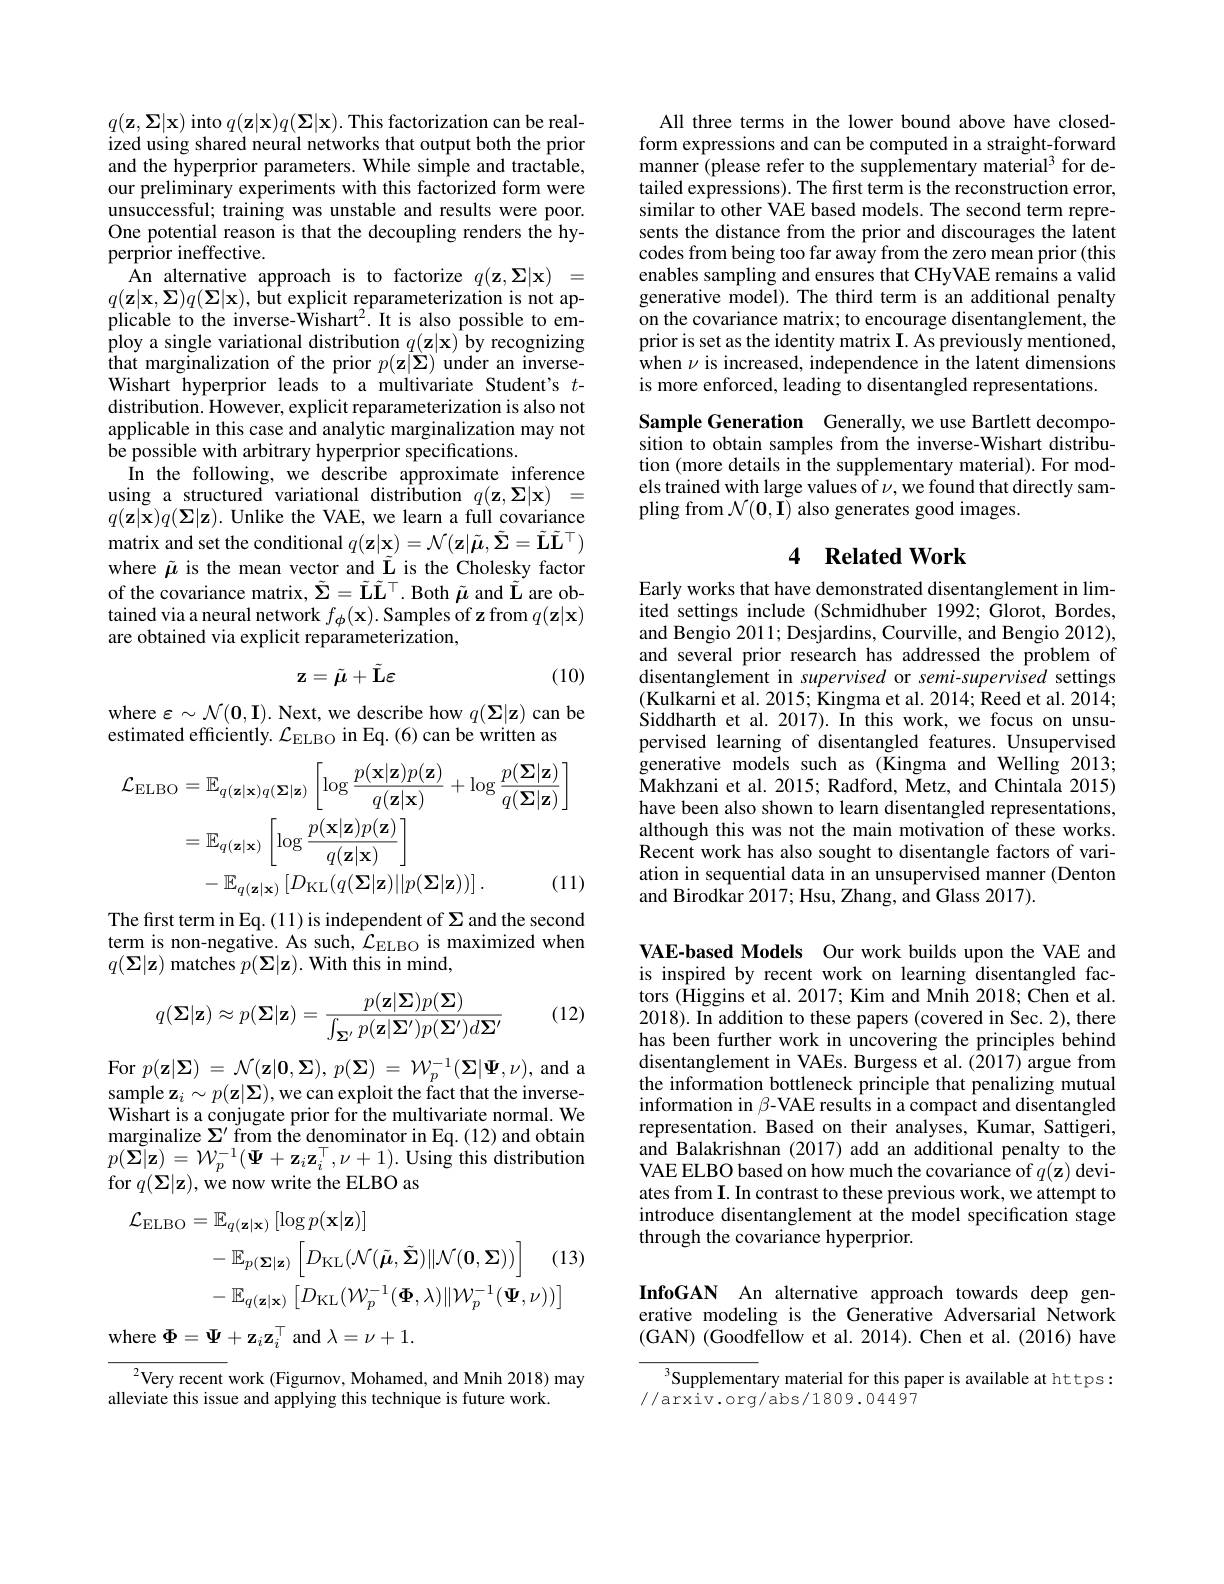
$q(\mathbf{z},\mathbf{\Sigma}|\mathbf{x})$ into $q(\mathbf{z}|\mathbf{x})q(\mathbf{\Sigma}|\mathbf{x}).$ This factorization can be realized using shared neural networks that output both the prior and the hyperprior parameters. While simple and tractable, our preliminary experiments with this factorized form were unsuccessful; training was unstable and results were poor. One potential reason is that the decoupling renders the hyperprior ineffective.
An alternative approach is to factorize $q( \mathbf{z} , \boldsymbol{\Sigma }| \mathbf{x} )$ = $q( \mathbf{z} | \mathbf{x} , \boldsymbol{\Sigma }) q( \boldsymbol{\Sigma }| \mathbf{x} ) , \boldsymbol{\text{but explicit reparameterization is not ap- }}$ plicable to the inverse-Wishart$^2.$ It is also possible to employ a single variational distribution $q(\mathbf{z}|\mathbf{x})$ by recognizing ${\mathrm{that~marginalization~of~the~prior~}p(\mathbf{z}|\mathbf{\Sigma})}$under an inverseWishart hyperprior leads to a multivariate Student's $t$- distribution. However, explicit reparameterization is also not applicable in this case and analytic marginalization may not be possible with arbitrary hyperprior specifications.
In the following, we describe approximate inference using a structured variational distribution $q(\mathbf{z},\boldsymbol{\Sigma}|\mathbf{x})=$ $q(\tilde{\mathbf{z}|\mathbf{x}})q(\boldsymbol{\Sigma}|\mathbf{z}).$ Unlike the VAE, we learn a full covariance matrix and set the conditional $q(\mathbf{z}|\mathbf{x})=\mathcal{N}(\mathbf{z}|\tilde{\boldsymbol{\mu}},\tilde{\boldsymbol{\Sigma}}=\tilde{\mathbf{L}}\tilde{\mathbf{L}}^\top)$ where $\tilde{\mu}$ is the mean vector and $\tilde{\mathbf{L}}$ is the Cholesky factor of the covariance matrix, $\tilde{\Sigma}=\tilde{\mathbf{L}}\tilde{\mathbf{L}}^\top.$ Both $\tilde{\boldsymbol\mu}$ and $\tilde{\mathbf{L}}$ are obtained via a neural network $f_{\phi}(\mathbf{x}).$ Samples of z from $q(\mathbf{z}|\mathbf{x})$ are obtained via explicit reparameterization,
$$\mathbf{z}=\tilde{\mu}+\tilde{\mathbf{L}}\mathbf{\varepsilon}$$
(10)

where $\varepsilon\sim\mathcal{N}(\mathbf{0},\mathbf{I}).$ Next, we describe how $q(\Sigma|\mathbf{z})$ can be
estimated efficiently. $\mathcal{L}_\mathrm{ELBO}$ in Eq.(6)can be written as
$$\begin{aligned}\mathcal{L}_{\mathrm{ELBO}}&=\mathbb{E}_{q(\mathbf{z}|\mathbf{x})q(\boldsymbol{\Sigma}|\mathbf{z})}\left[\log\frac{p(\mathbf{x}|\mathbf{z})p(\mathbf{z})}{q(\mathbf{z}|\mathbf{x})}+\log\frac{p(\boldsymbol{\Sigma}|\mathbf{z})}{q(\boldsymbol{\Sigma}|\mathbf{z})}\right]\\&=\mathbb{E}_{q(\mathbf{z}|\mathbf{x})}\left[\log\frac{p(\mathbf{x}|\mathbf{z})p(\mathbf{z})}{q(\mathbf{z}|\mathbf{x})}\right]\\&-\mathbb{E}_{q(\mathbf{z}|\mathbf{x})}\left[D_{\mathrm{KL}}(q(\mathbf{\Sigma}|\mathbf{z})||p(\mathbf{\Sigma}|\mathbf{z}))\right].&\text{(11}\end{aligned}$$
The frst term in Eq.(11) is independent of $\Sigma$ and the second term is non-negative. As such, $\mathcal{L}_\mathrm{ELBO}$ is maximized when $q(\Sigma|\mathbf{z})$ matches $p( \Sigma | \mathbf{z} ) . \textbf{With this in mind}$,

(12)
$$q(\boldsymbol{\Sigma}|\mathbf{z})\approx p(\boldsymbol{\Sigma}|\mathbf{z})=\frac{p(\mathbf{z}|\boldsymbol{\Sigma})p(\boldsymbol{\Sigma})}{\int_{\boldsymbol{\Sigma}'}p(\mathbf{z}|\boldsymbol{\Sigma}')p(\boldsymbol{\Sigma}')d\boldsymbol{\Sigma}'}$$
For $p( \mathbf{z} | \boldsymbol{\Sigma })$ = $\mathcal{N} ( \mathbf{z} | \boldsymbol{0}, \boldsymbol{\Sigma }) $, $p( \boldsymbol{\Sigma })$ = $\mathcal{W} _{p}^{- 1}( \boldsymbol{\Sigma }| \boldsymbol{\Psi }, \nu ) $,and a sample $\mathbf{z}_i\sim p(\mathbf{z}|\mathbf{\Sigma})$,we can exploit the fact that the inverseWishart is a conjugate prior for the multivariate normal. We marginalize $\Sigma ^\prime$from the denominator in Eq. ( 12) and obtain $p(\boldsymbol{\Sigma}|\mathbf{z})=\mathcal{W}_{p}^{-1}(\boldsymbol{\Psi}+\mathbf{z}_{i}\mathbf{z}_{i}^{\top},\nu+1).$ Using this distribution for $q(\mathbf{\Sigma}|\mathbf{z})$,we now write the ELBO as

(13)
$$\begin{aligned}\mathcal{L}_{\mathrm{ELBO}}&=\mathbb{E}_{q(\mathbf{z}|\mathbf{x})}\left[\log p(\mathbf{x}|\mathbf{z})\right]\\&-\mathbb{E}_{p(\boldsymbol{\Sigma}|\mathbf{z})}\left[D_{\mathrm{KL}}(\mathcal{N}(\tilde{\boldsymbol{\mu}},\tilde{\boldsymbol{\Sigma}})\|\mathcal{N}(\mathbf{0},\boldsymbol{\Sigma}))\right]\quad(\\&-\mathbb{E}_{q(\mathbf{z}|\mathbf{x})}\left[D_{\mathrm{KL}}(\mathcal{W}_{p}^{-1}(\mathbf{\Phi},\lambda)\|\mathcal{W}_{p}^{-1}(\mathbf{\Psi},\nu))\right]\end{aligned}$$
where $\Phi=\Psi+\mathbf{z}_{i}\mathbf{z}_{i}^{\top}$ and $\lambda=\nu+1.$

${}^{2}$Very recent work (Figurnov, Mohamed, and Mnih 2018) may
alleviate this issue and applying this technique is future work.

All three terms in the lower bound above have closedform expressions and can be computed in a straight-forward manner (please refer to the supplementary material$^3$ for detailed expressions). The first term is the reconstruction error, similar to other VAE based models. The second term represents the distance from the prior and discourages the latent codes from being too far away from the zero mean prior (this enables sampling and ensures that CHyVAE remains a valid generative model). The third term is an additional penalty on the covariance matrix; to encourage disentanglement, the prior is set as the identity matrix I. As previously mentioned, when $\nu$ is increased, independence in the latent dimensions is more enforced, leading to disentangled representations.

Sample Generation Generally, we use Bartlett decomposition to obtain samples from the inverse-Wishart distribution (more details in the supplementary material). For models trained with large values of $\nu$,we found that directly sampling from $\mathcal{N}(\mathbf{0},\mathbf{I})$ also generates good images.

## 4 Related Work

Early works that have demonstrated disentanglement in limited settings include (Schmidhuber 1992; Glorot, Bordes, and Bengio 2011; Desjardins, Courville, and Bengio 2012), and several prior research has addressed the problem of disentanglement in supervised or semi-supervised settings (Kulkarni et al. 2015; Kingma et al. 2014; Reed et al. 2014; $\dot{\text{Siddharth et al.2017).In this work,we focus on unsu-}}$ pervised learning of disentangled features. Unsupervised generative models such as (Kingma and Welling 2013; Makhzani et al. 2015; Radford, Metz, and Chintala 2015) have been also shown to learn disentangled representations, although this was not the main motivation of these works. Recent work has also sought to disentangle factors of variation in sequential data in an unsupervised manner (Denton and Birodkar 2017; Hsu, Zhang, and Glass 2017).

VAE-based Models Our work builds upon the VAE and is inspired by recent work on learning disentangled factors (Higgins et al. 2017; Kim and Mnih 2018; Chen et al. 2018). In addition to these papers (covered in Sec. 2), there has been further work in uncovering the principles behind disentanglement in VAEs. Burgess et al. (2017) argue from the information bottleneck principle that penalizing mutual information in $\beta$-VAE results in a compact and disentangled representation. Based on their analyses, Kumar, Sattigeri, and Balakrishnan (2017) add an additional penalty to the VAE ELBO based on how much the covariance of $q(\mathbf{z})$ deviates from I. In contrast to these previous work, we attempt to introduce disentanglement at the model specification stage through the covariance hyperprior.

InfoGAN An alternative approach towards deep generative modeling is the Generative Adversarial Network (GAN) ( Goodfellow et al. 2014) . Chen et al. ( 2016) have

Supplementary material for this paper is available at https:
//arxiv.org/abs/1809.04497